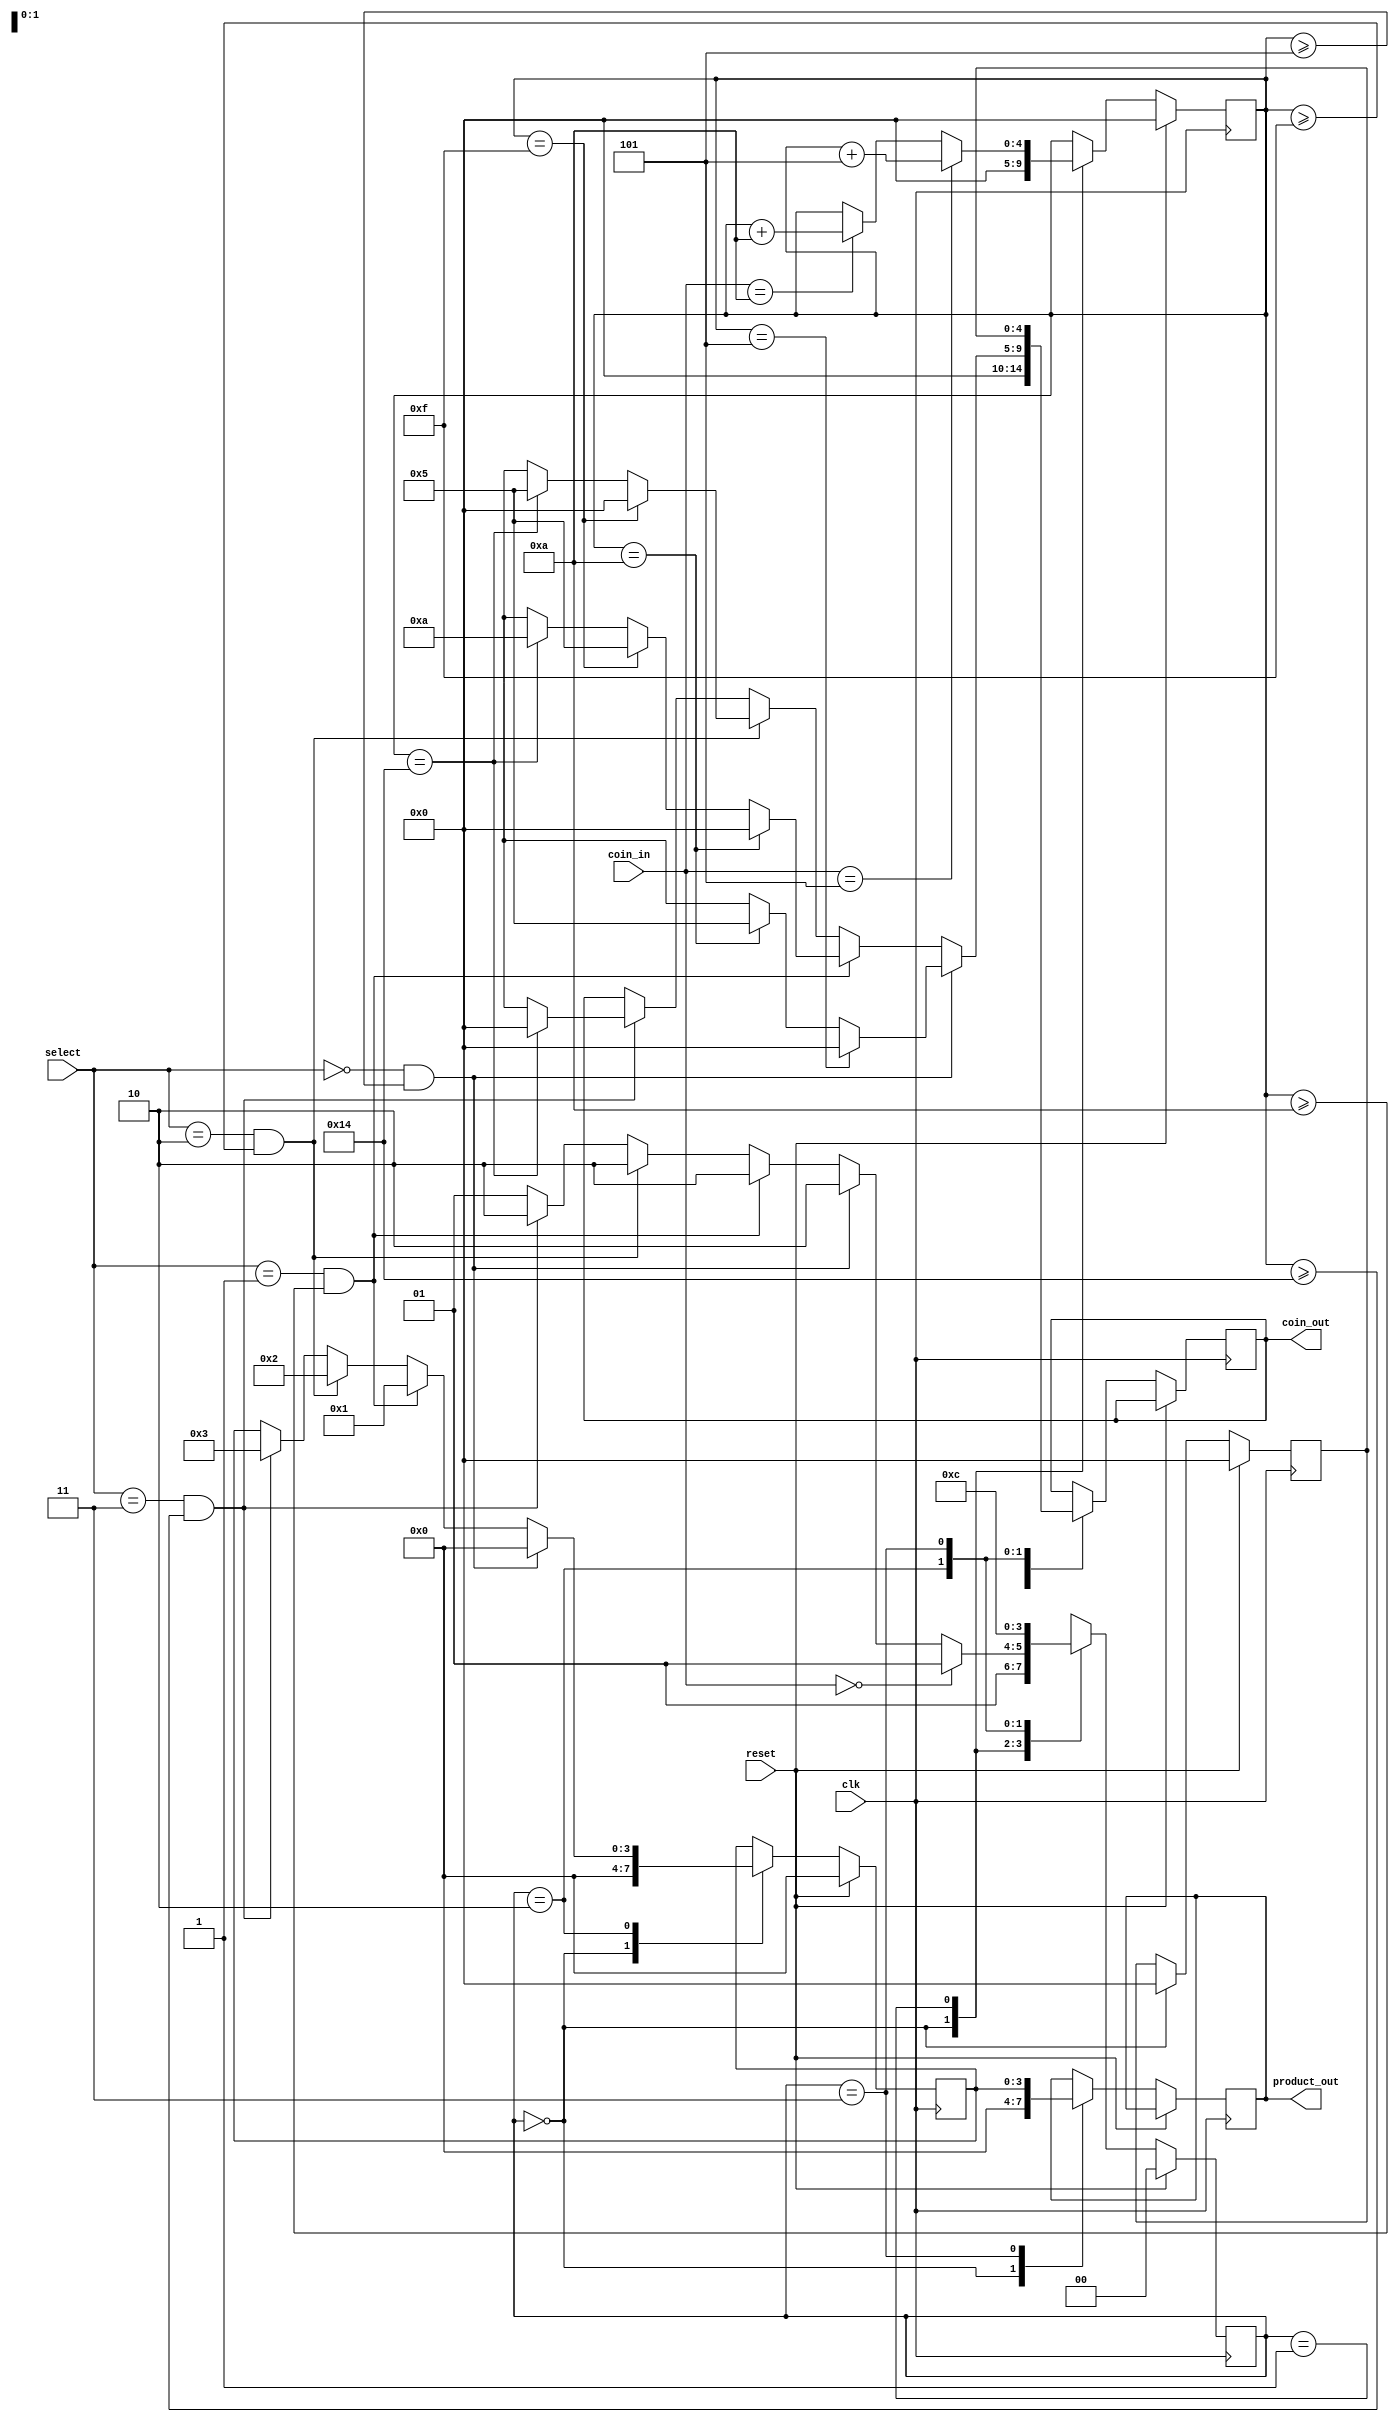
module vending_machine(
  input clk,
  input reset,
  input [1:0]select,
  input [4:0]coin_in,
  output reg [3:0]product_out,
  output reg [4:0]coin_out
);


parameter cost_a = 5'd5; // product cost
parameter cost_b = 5'd10;
parameter cost_c = 5'd15;
parameter cost_d = 5'd20;


parameter product_A = 2'b00;
parameter product_B = 2'b01;
parameter product_C = 2'b10;
parameter product_D = 2'b11;


reg [1:0] cst;
reg [3:0] product_select;
reg [4:0] coins_inserted; 
reg [4:0] chage_remain;


initial cst = 2'b00;
initial product_select = 4'b0000;
initial coins_inserted = 5'b00000;
initial chage_remain = 5'b00000;
  
//define cst machine
always@(posedge clk) 
begin
  if(reset) 
  begin
    cst <= 2'b00;
    product_select <= 4'b0000;
    coins_inserted <= 5'b00000;
    chage_remain <= 5'b00000;
  end
  else
  begin
    case(cst)
      2'b00:begin
             product_out<=4'b0000;
           	 coin_out<=5'b00000;
           	 product_select<=4'b0000;
			 coins_inserted<=5'b00000;
			 chage_remain<=5'b00000;
             cst<=2'b01;
            end
      
     /* 2'b01:begin          				// Waiting for product select
            if(select == 2'b00) 
               product_select <= 4'b0000;
            else if(select == 2'b01) 
               product_select <= 4'b0001;
            else if(select == 2'b10) 
               product_select <= 4'b0010;  
            else if(select == 2'b11) 
     		   product_select <= 4'b0011;
            else  
     		   product_select <= 4'bxxxx;
              
             product_select <= 4'b0000;
             coins_inserted <= 5'b00000;
             chage_remain <= 5'b00000;
             cst <= 2'b10;
            end   */
      
      2'b01:begin                       // Waiting for coin insertion
        	if(coin_in == 5'b0101) 
             begin // 5rs coin inserted
              coins_inserted <= coins_inserted + 5'b00101;
             end
             else if (coin_in == 5'b01010) 
             begin // 10rs coin inserted
              coins_inserted <= coins_inserted + 5'b01010;
             end
            
             if(coin_in==5'd00000)
              cst<=2'b01;
             else if(select==product_A && coins_inserted >= 5'd5)
              cst<=2'b10;
       	  	 else if(select==product_B && coins_inserted >= 5'd10)
               cst<=2'b10;
        	 else if(select==product_C && coins_inserted >= 5'd15)
               cst<=2'b10;
        	 else if(select==product_D && coins_inserted >= 5'd20)
               cst<=2'b10;
             else
              cst<=2'b01;
        
             end
        
      2'b10:begin
           if(select == product_A && coins_inserted >= cost_a)
           begin
           product_select <= 4'b0000;
            if(coins_inserted==5'd5)
             coin_out <= 5'd0;
           else if(coins_inserted==5'd10)
            coin_out <= 5'd5;
           else 
             coin_out<=5'bxxxxx;
         end
        
        else if(select == product_B && coins_inserted >= cost_b)
        begin
          product_select <= 4'b0001;
          if(coins_inserted==5'd10)
          coin_out <= 5'd0;
          else if(coins_inserted==5'd15)
          coin_out <= 5'd5;
          else if(coins_inserted==5'd20)
          coin_out <= 5'd10;
          else
            coin_out<=5'bxxxxx;
        end
        
        else if(select == product_C && coins_inserted >= cost_c)
        begin
          product_select <= 4'b0010;
          if(coins_inserted==5'd15)
          coin_out <= 5'd0;
          else if(coins_inserted==5'd20)
          coin_out <= 5'd5;
          else
            coin_out<=5'bxxxxx;
        end
        
        else if(select == product_D && coins_inserted >= cost_d)
        begin
          product_select <= 4'b0011;
          if(coins_inserted==5'd20)
          coin_out <= 5'd0;
          else
            coin_out<=5'bxxxxx;
        end
         
       else
         begin
           cst<=2'b10;
         end
        
        cst <= 2'b11;
       end
      
      2'b11:begin        // Dispensing product and change
             product_out <= product_select;
             coin_out <= chage_remain;
             cst <= 2'b00;
            end
    endcase
  end
end

endmodule